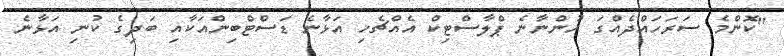
"ކޮންމެ ސަރަހައްދެއްގަ ހުންނާނެ ޕްލާސްޓިކް އެއްޗެހި އަޅާނެ ޑަސްޓްބިންއަކާއި ބަދިގެ ކުނި އަޅާނެ